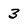
Character: 3